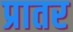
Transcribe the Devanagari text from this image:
प्रातर